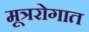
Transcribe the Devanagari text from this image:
मूत्ररोगात